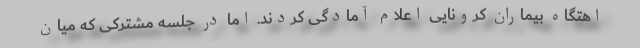
اهتگاه بیماران کرونایی اعلام آمادگی کردند. اما در جلسه مشترکی که میان